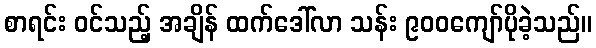
စာရင်း ဝင်သည့် အချိန် ထက်ဒေါ်လာ သန်း ၉၀၀ကျော်ပိုခဲ့သည်။